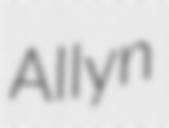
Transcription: Allyn